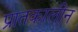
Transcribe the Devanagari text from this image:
प्रातकालीन